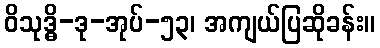
ဝိသုဒ္ဓိ-ဒု-အုပ်-၅၃၊ အကျယ်ပြဆိုခန်း။